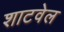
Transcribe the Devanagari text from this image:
शाटवेल